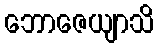
ဘောဇေယျာသိ